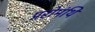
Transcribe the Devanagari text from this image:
प्ररोमंथि